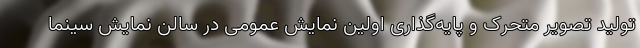
تولید تصویر متحرک و پایه‌گذاری اولین نمایش عمومی در سالن نمایش سینما